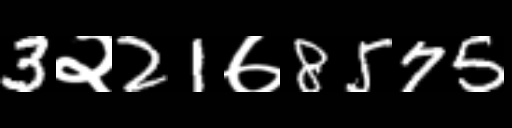
Text: 3२21७8575